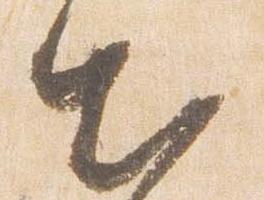
出